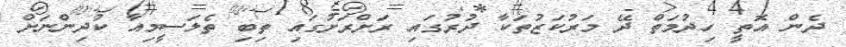
ދެން އޮތީ ހިދުމަތް ދޭ މަރުކަޒުތަކާ ދުރުގައި ރަށްރަށުގައި ތިބި ތެލަސީމިއާ ކުދިންނަށް